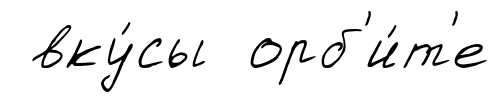
вку́сы орб'и́т'е